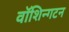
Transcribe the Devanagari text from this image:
वॉशिन्गटन